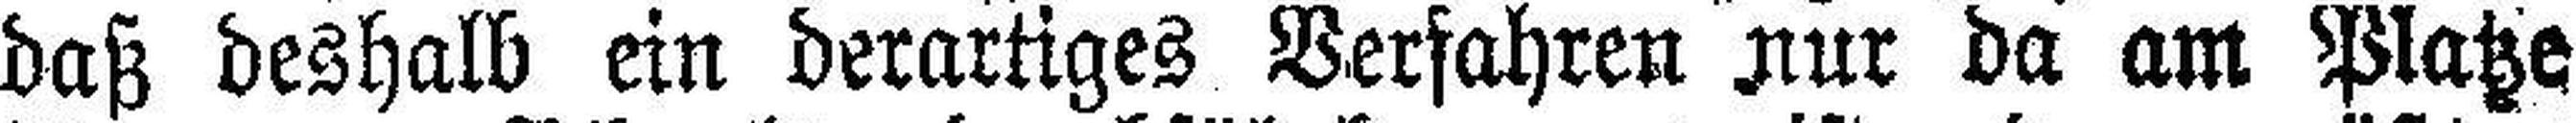
daß deshalb ein derartiges Verfahren nur da am Platze